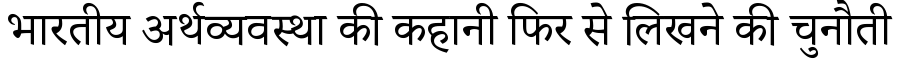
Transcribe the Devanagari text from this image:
भारतीय अर्थव्यवस्था की कहानी फिर से लिखने की चुनौती